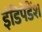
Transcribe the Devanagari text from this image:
इंडिपेंडेंश